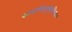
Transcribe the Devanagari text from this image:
कामारिकार्मुकविभन्जन